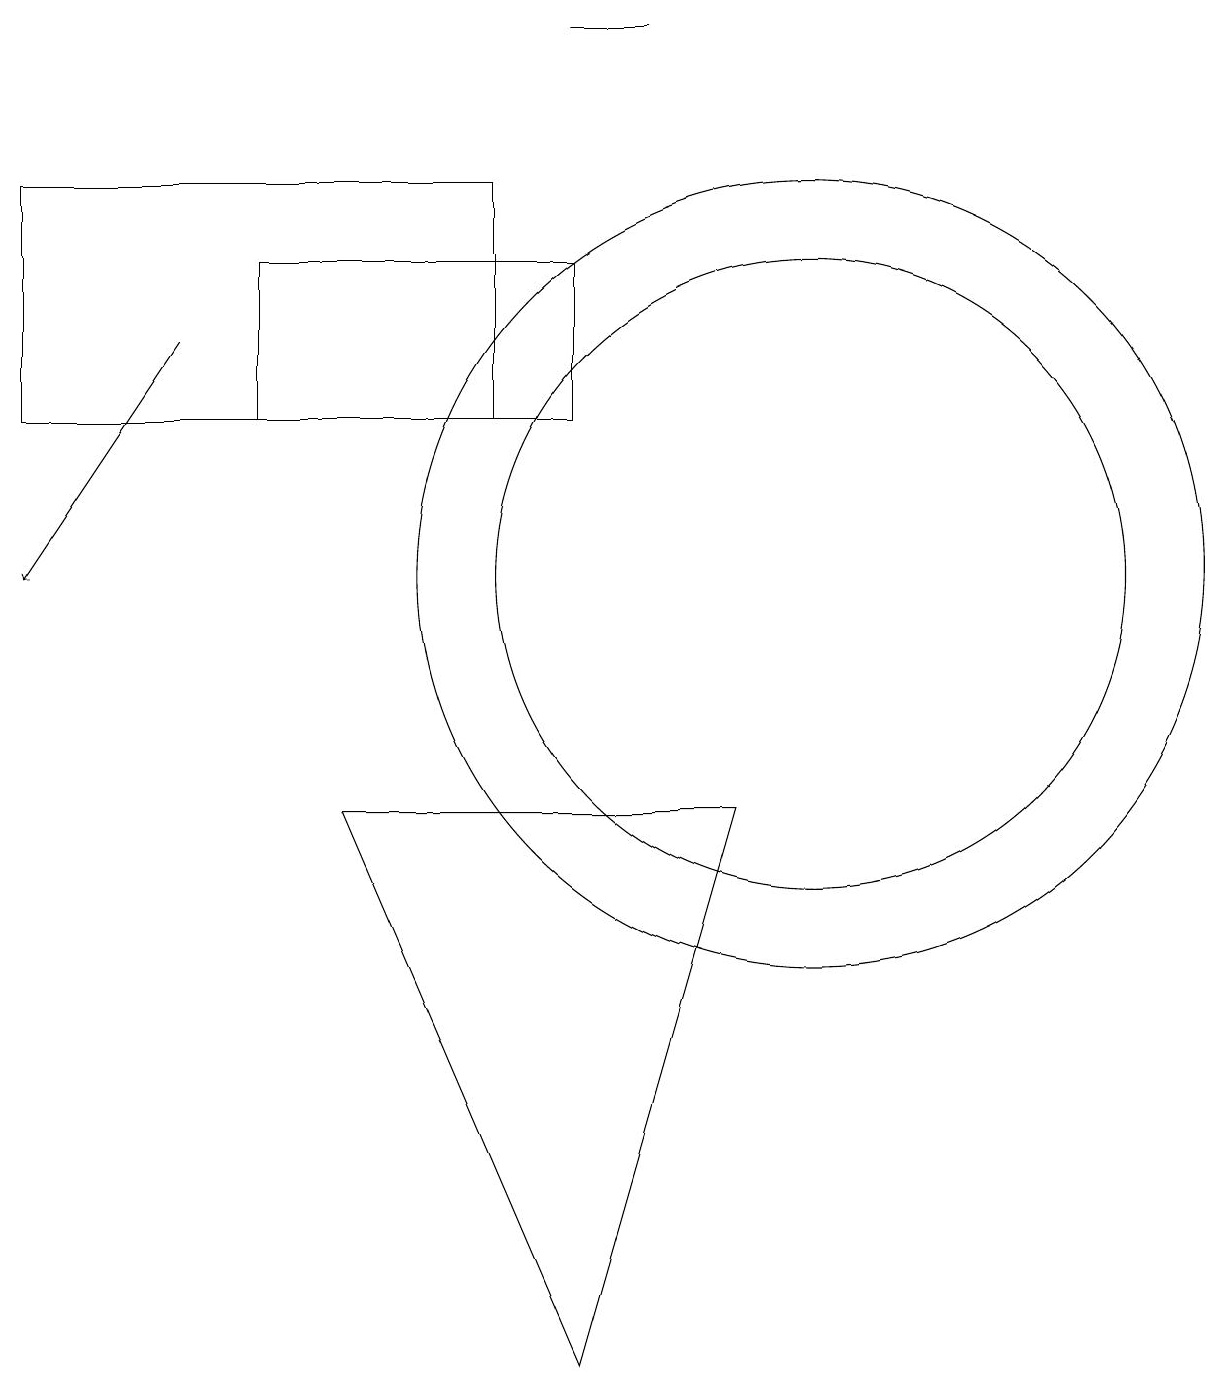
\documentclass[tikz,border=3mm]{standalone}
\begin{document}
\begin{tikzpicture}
\draw (7,13) rectangle (3,15);
\draw (4,8) -- (7,1) -- (9,8) -- cycle;
\draw (6,13) rectangle (0,16);
\draw (8,18) rectangle (7,18);
\draw (10,11) circle (5);
\draw[->] (2,14) -- (0,11);
\draw (10,11) circle (4);
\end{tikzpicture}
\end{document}